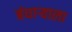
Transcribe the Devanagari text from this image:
बंधार्‍याला